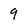
Character: 9